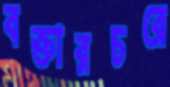
বক্তারচরে